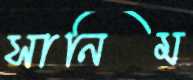
সানিম